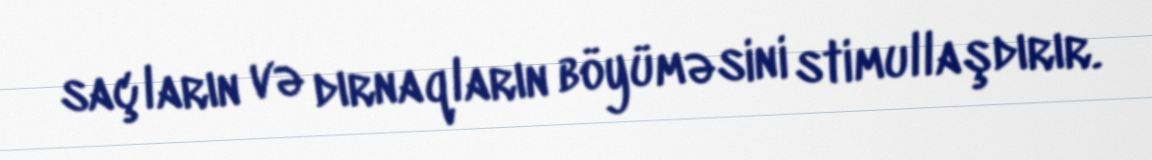
saçların və dırnaqların böyüməsini stimullaşdırır.